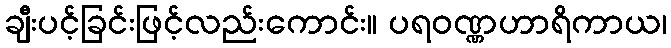
ချီးပင့်ခြင်းဖြင့်လည်းကောင်း။ ပရဝဏ္ဏဟာရိကာယ၊